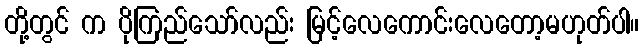
တို့တွင် က ပိုကြည်သော်လည်း မြင့်လေကောင်းလေတော့မဟုတ်ပါ။